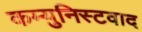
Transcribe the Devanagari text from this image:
कम्युनिस्टवाद